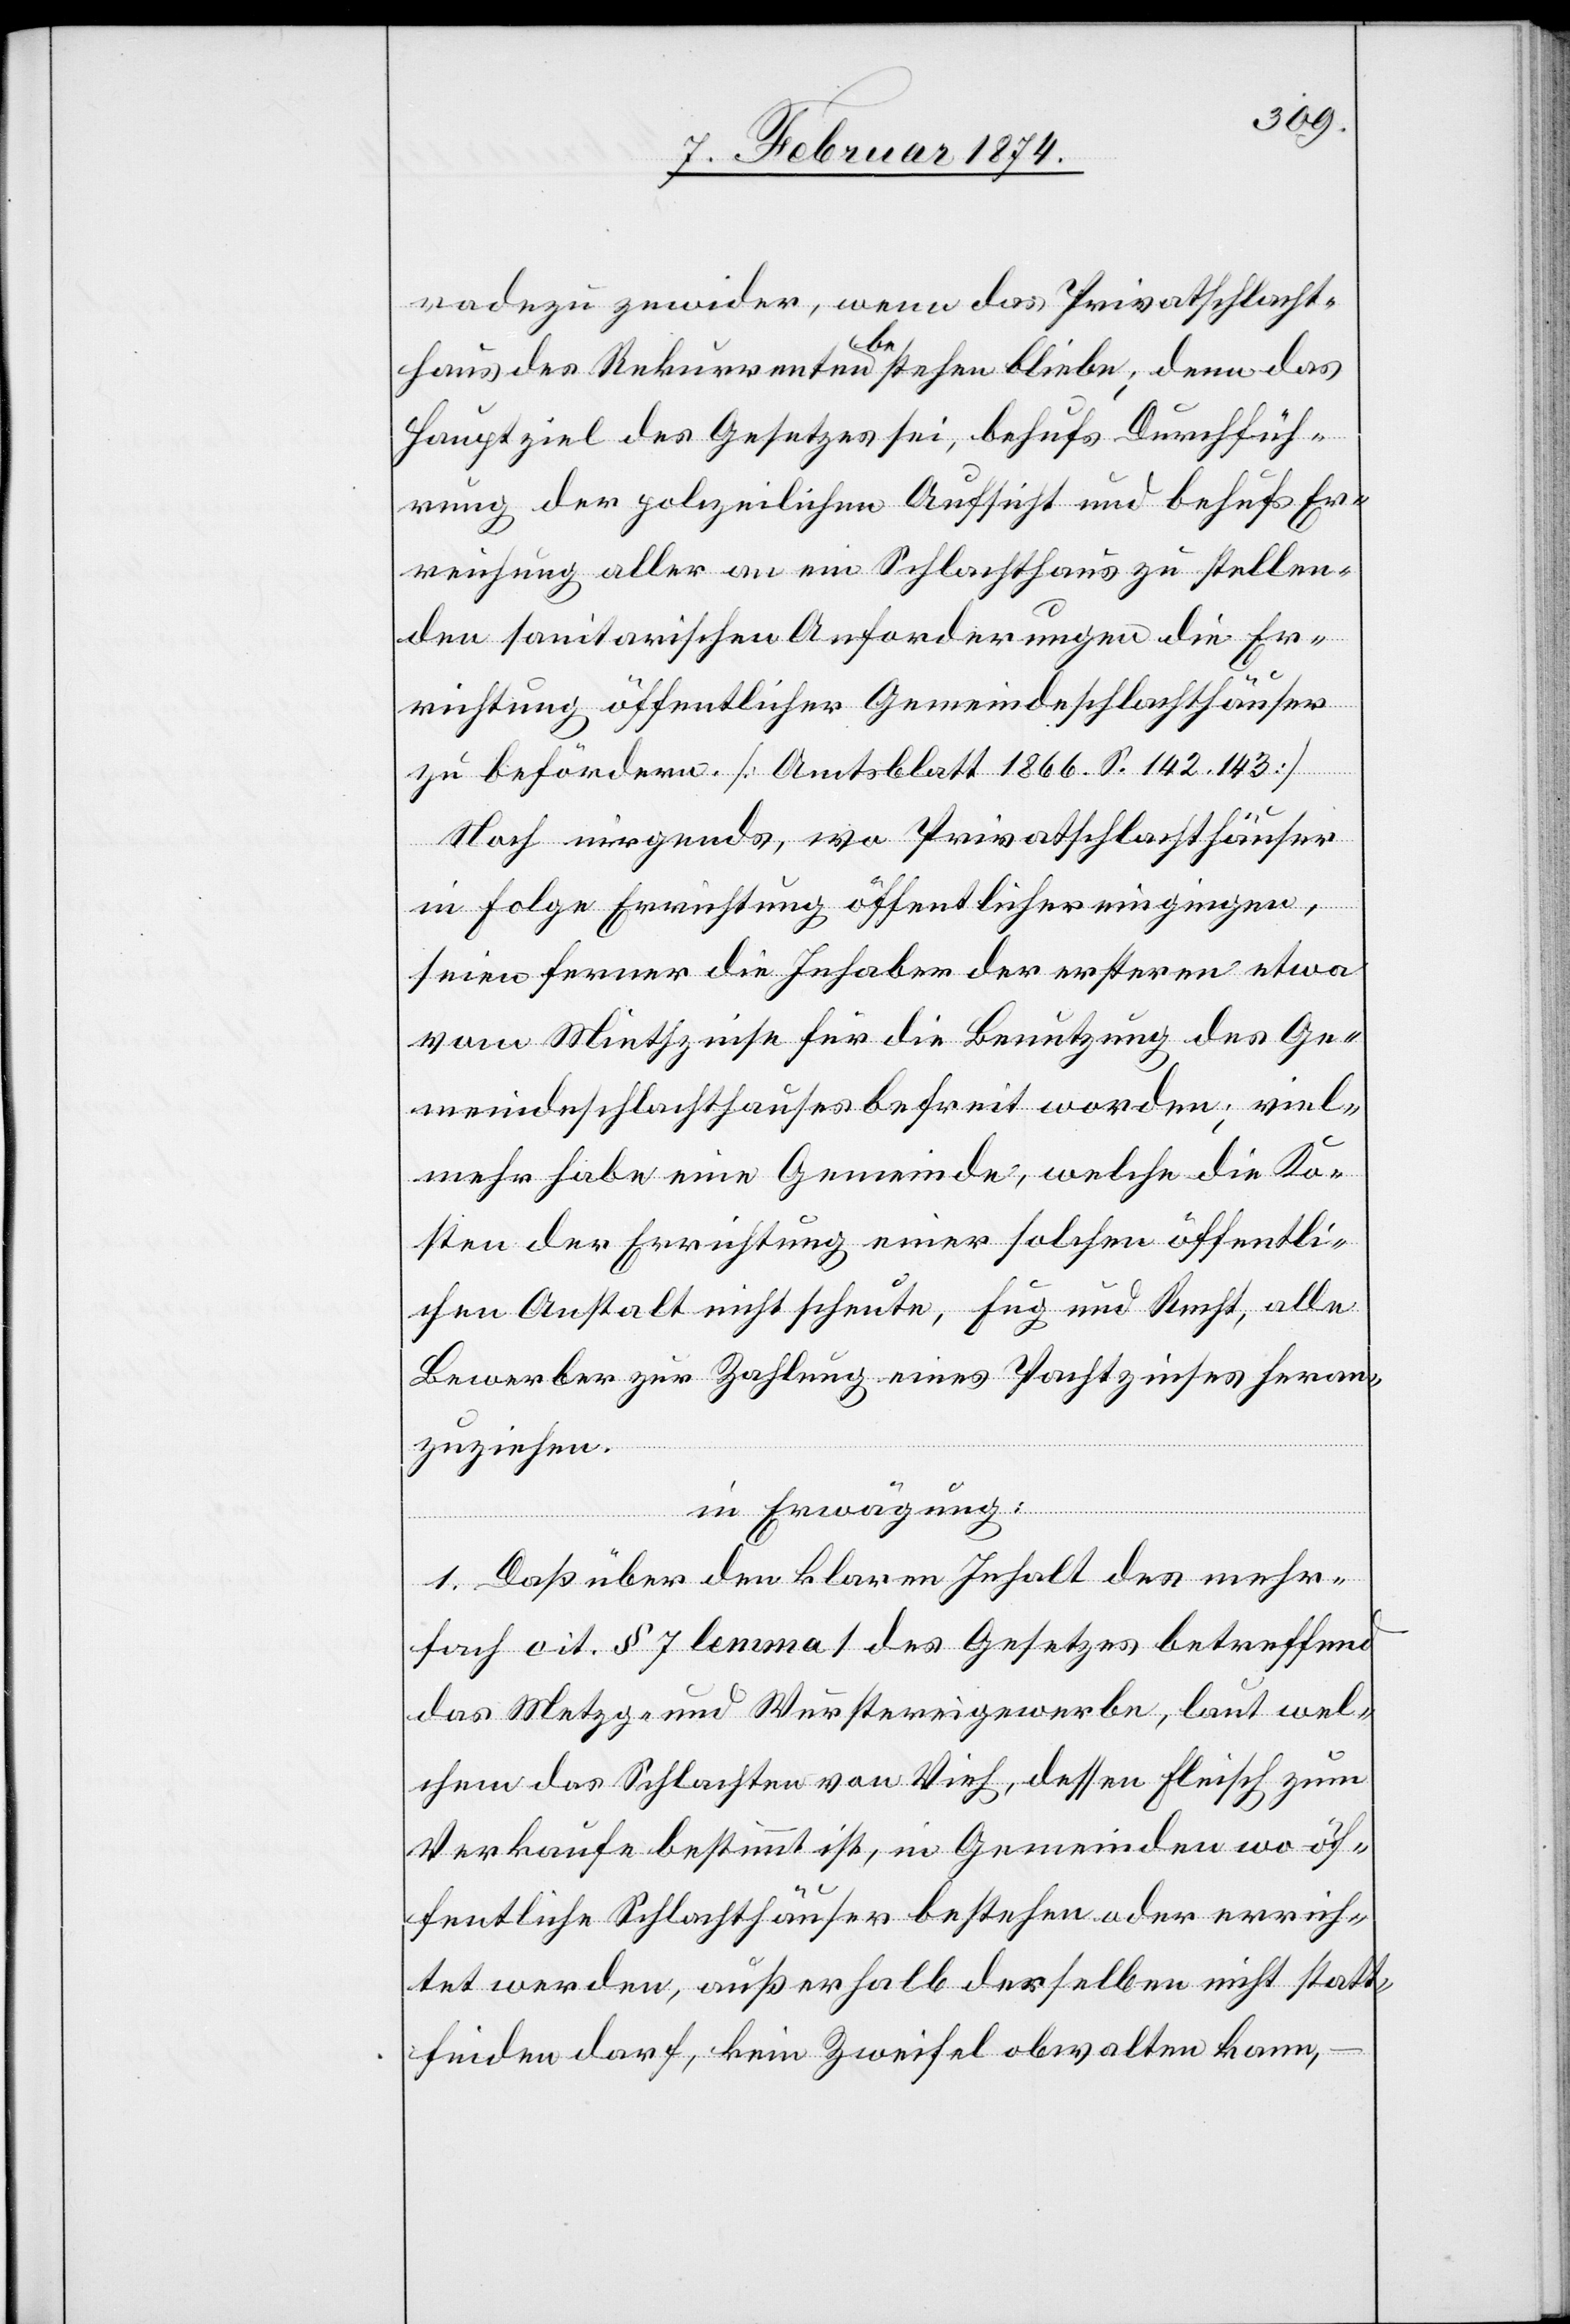
radezu zewider [sic!], wenn das Privatschlacht¬
haus des Rekurrenten bestehen bliebe; denn das
Hauptziel des Gesetzes sei, behufs Durchfüh¬
rung der polizeilichen Aufsicht und behufs Er¬
reichung aller an ein Schlachthaus zu stellen¬
den sanitarischen Anforderungen die Er¬
richtung öffentlicher Gemeindeschlachthäuser
zu befördern. [Amtsblatt 1866.S. 142.142]
Noch nirgends, wo Privatschlachthäuser
in Folge Errichtung öffentlicher eingingen,
seien ferner die Inhaber der erstern etwa
vom Miethzinse für die Benutzung des Ge¬
meinschlachthauses befreit worden; viel¬
mehr habe eine Gemeinde, welche die Ko¬
sten der Errichtung einer solchen öffentli¬
chen Anstalt nicht scheute, Fug und Recht, alle
Bewerber zur Zahlung eines Pachtzinses heran¬
zuziehen.
in Erwägung:
1. Daß über den klaren Inhalt des mehr¬
fach cit. § 7 Lemma 1 des Gesetzes betreffend
das Metzg- und Wurstereigewerbe, laut wel¬
chem das Schlachten von Vieh, dessen Fleisch zum
Verkaufe bestimmt ist, in Gemeinden wo öf¬
fentliche Schlachthäuser bestehen oder errich¬
tet werden, außerhalb derselben nicht statt¬
finden darf, kein Zweifel obwalten kann,